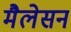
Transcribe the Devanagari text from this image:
मैलेसन